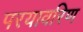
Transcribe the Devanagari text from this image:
परयावरिण